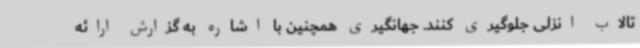
تالاب انزلی جلوگیری کنند. جهانگیری همچنین با اشاره به گزارش ارائه